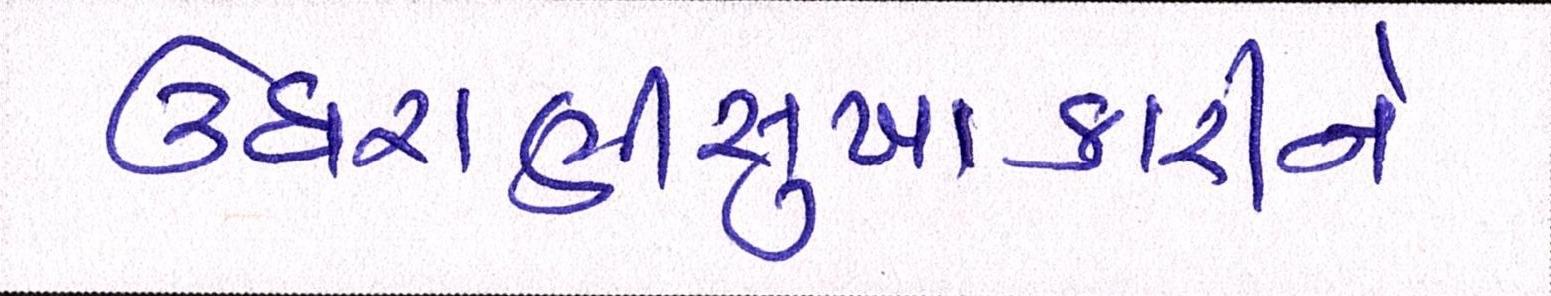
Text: ઉઘરાણીસુખાકારીને